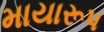
માયારૂપ